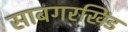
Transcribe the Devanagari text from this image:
साबगरखिंड